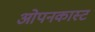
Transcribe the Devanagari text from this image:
ओपनकास्ट